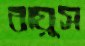
বায়ুস